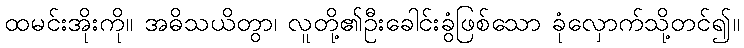
ထမင်းအိုးကို။ အဓိသယိတွာ၊ လူတို့၏ဦးခေါင်းခွံဖြစ်သော ခုံလှောက်သို့တင်၍။